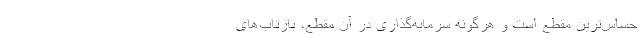
حساس‌‌ترین مقطع است و هرگونه سرمایه‌گذاری در آن مقطع، بازتاب‌‌های